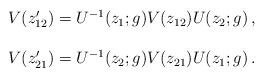
LaTeX: \begin{align*}\begin{array}{c}V(z_{12}^{\prime})=U^{-1}(z_{1};g)V(z_{12})U(z_{2};g)\,,\\{}\\V(z_{21}^{\prime})=U^{-1}(z_{2};g)V(z_{21})U(z_{1};g)\,.\end{array}\end{align*}